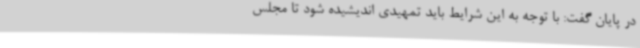
در پایان گفت: با توجه به این شرایط باید تمهیدی اندیشیده شود تا مجلس